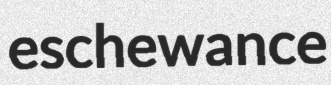
eschewance